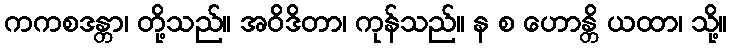
ကကစဒန္တာ၊ တို့သည်။ အဝိဒိတာ၊ ကုန်သည်။ န စ ဟောန္တိ ယထာ၊ သို့။